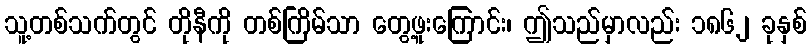
သူ့တစ်သက်တွင် တိုနီကို တစ်ကြိမ်သာ တွေ့ဖူးကြောင်း၊ ဤသည်မှာလည်း ၁၈၆၂ ခုနှစ်